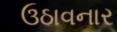
ઉઠાવનાર